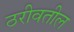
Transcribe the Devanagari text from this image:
ठरीवतील